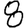
Digit: 8